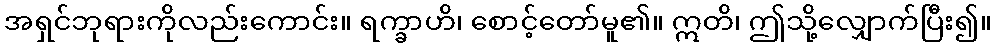
အရှင်ဘုရားကိုလည်းကောင်း။ ရက္ခာဟိ၊ စောင့်တော်မူ၏။ ဣတိ၊ ဤသို့လျှောက်ပြီး၍။